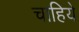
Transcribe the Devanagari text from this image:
चाहिये